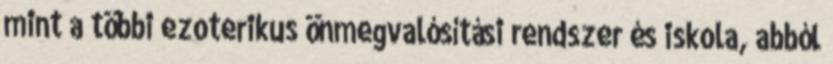
mint a többi ezoterikus önmegvalósítási rendszer és iskola, abból